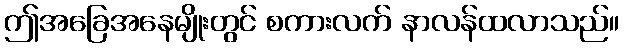
ဤအခြေအနေမျိုးတွင် စကားလက် နာလန်ထလာသည်။